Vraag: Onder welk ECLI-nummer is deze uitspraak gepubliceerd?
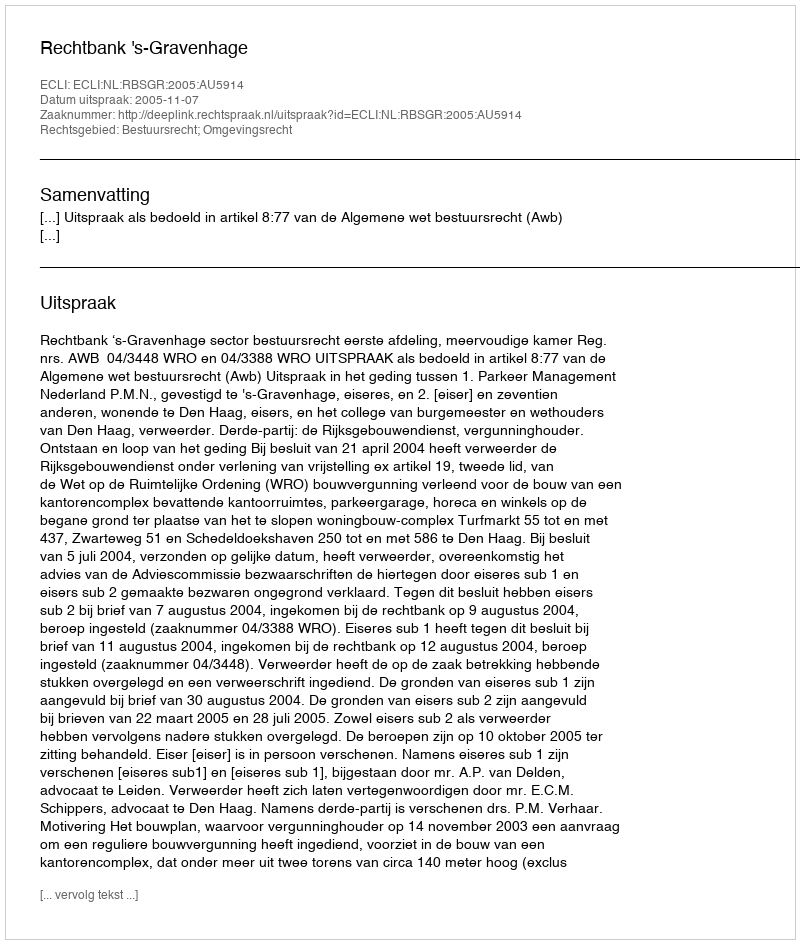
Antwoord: ECLI:NL:RBSGR:2005:AU5914